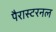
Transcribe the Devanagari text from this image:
पैरास्टरनल